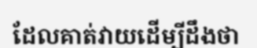
ដែលគាត់វាយដើម្បីដឹងថា